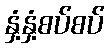
နှံ့နှံ့စပ်စပ်